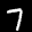
Label: 7